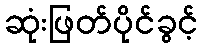
ဆုံးဖြတ်ပိုင်ခွင့်